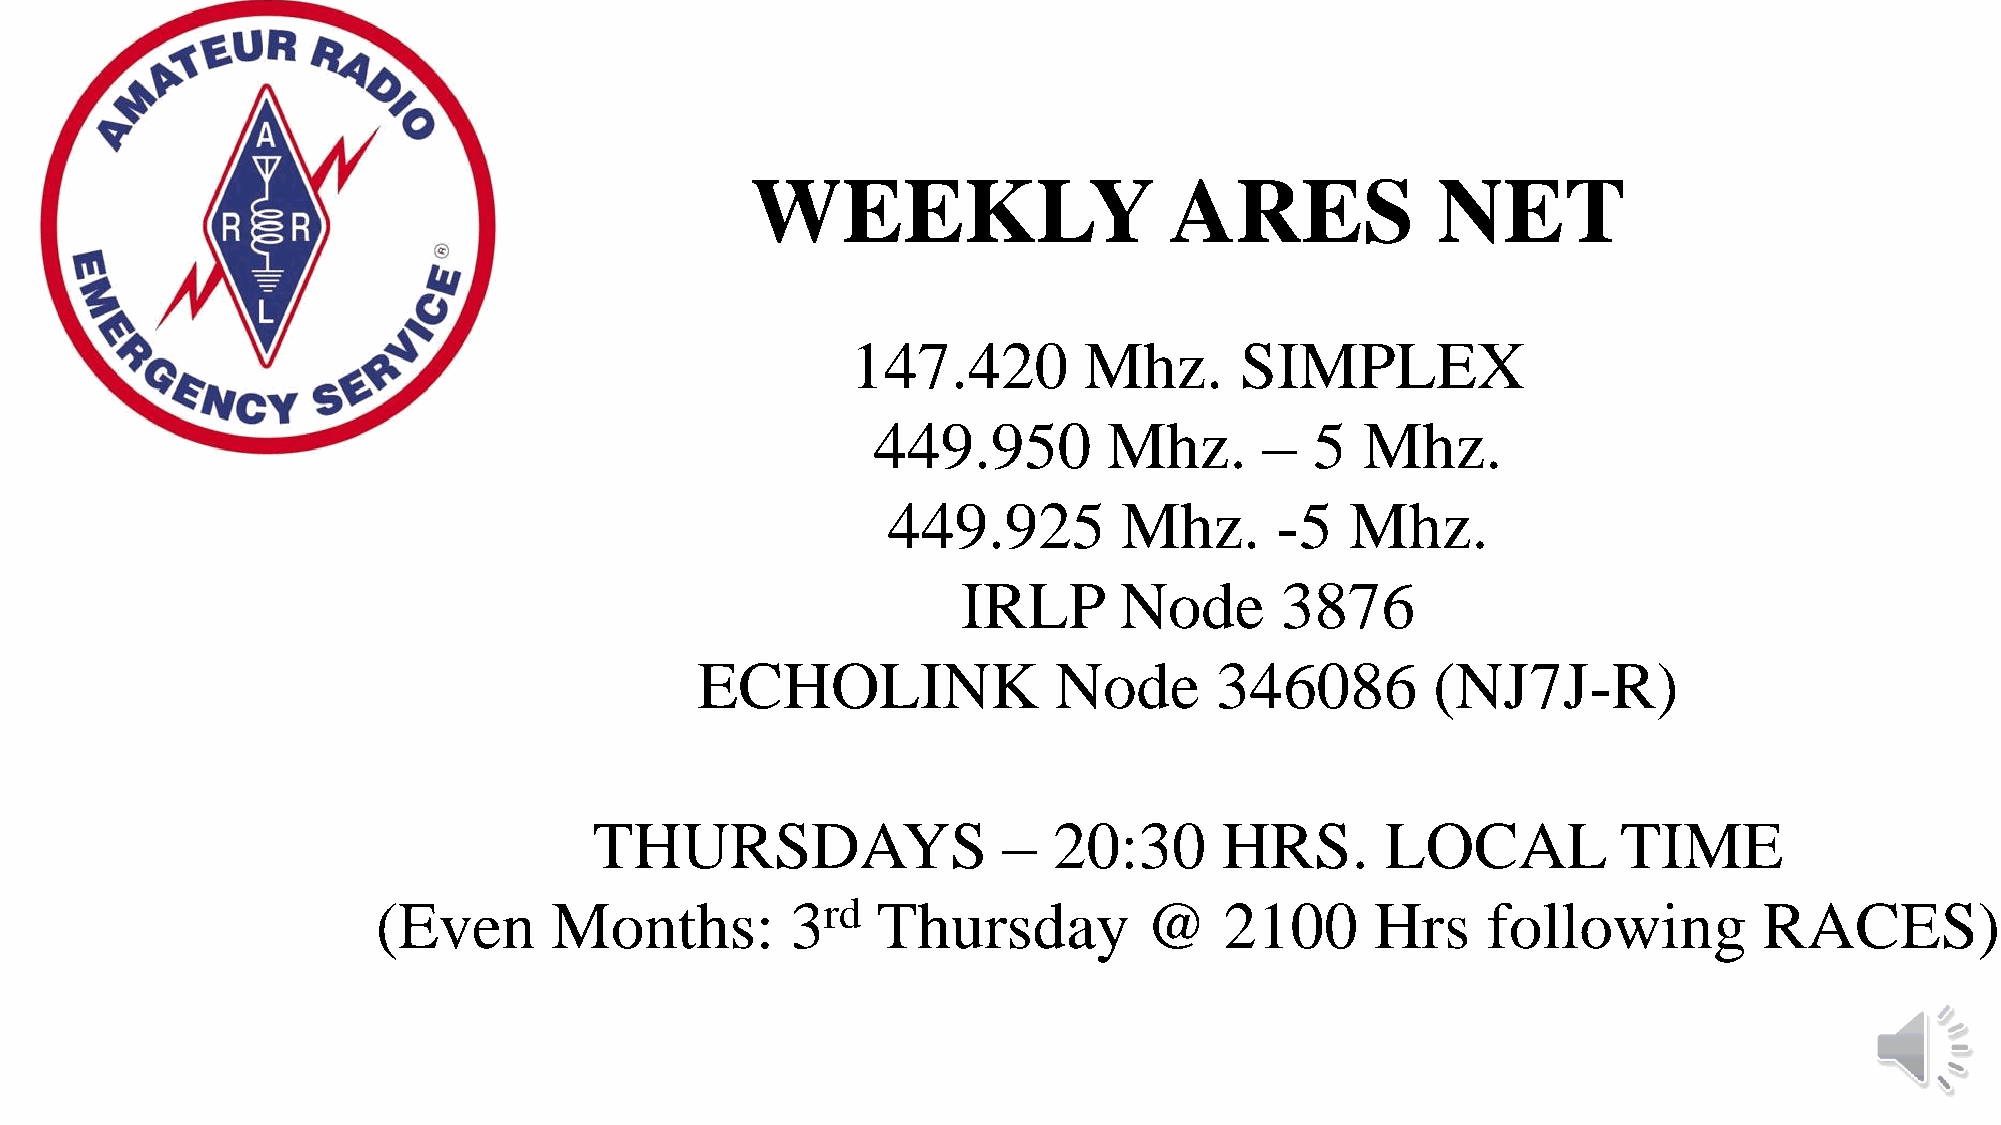
WEEKLY                     ARES              NET
 147.420         Mhz.      SIMPLEX
 449.950        Mhz.       –  5  Mhz.
 449.925        Mhz.      -5   Mhz.
 IRLP      Node       3876
 ECHOLINK                Node      346086         (NJ7J-R)
 THURSDAYS                  –   20:30      HRS.       LOCAL          TIME
 (Even       Months:        3rd   Thursday          @    2100      Hrs    following          RACES)